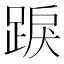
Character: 𨁸